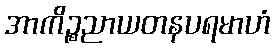
အာကိဉ္စညာယတနပရမာဟံ